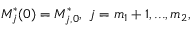
M _ { j } ^ { * } ( 0 ) = M _ { j , 0 } ^ { * } , \ j = m _ { 1 } + 1 , . . . , m _ { 2 } ,